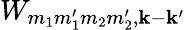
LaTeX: W_{m_{1}m_{1}^{\prime}m_{2}m_{2}^{\prime},\mathbf k-\mathbf{k}^{\prime}}